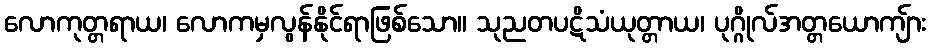
လောကုတ္တရာယ၊ လောကမှလွန်နိုင်ရာဖြစ်သော။ သုညတပဋိသံယုတ္တာယ၊ ပုဂ္ဂိုလ်အတ္တယောကျ်ား